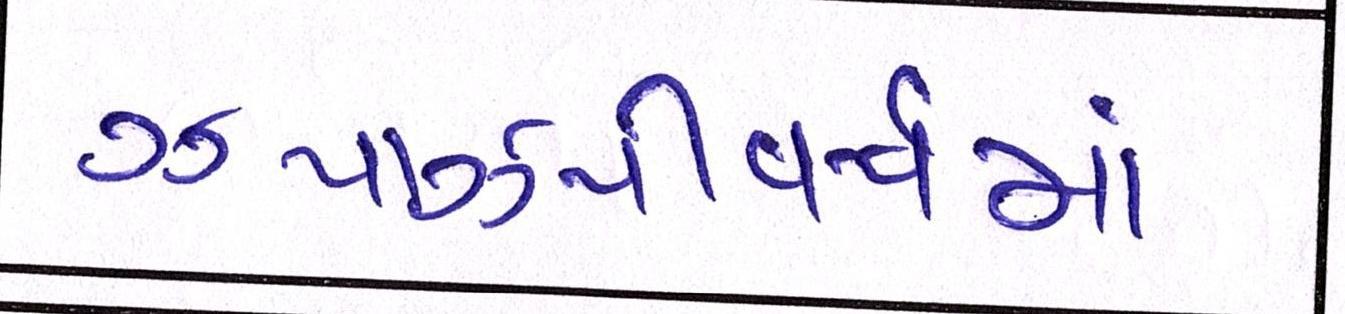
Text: ઝપાઝપીવર્ષમાં